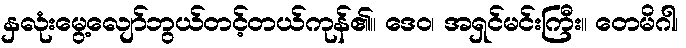
နှလုံးမွေ့လျော်ဘွယ်တင့်တယ်ကုန်၏။ ဒေဝ၊ အရှင်မင်းကြီး။ တေမိဂါ၊